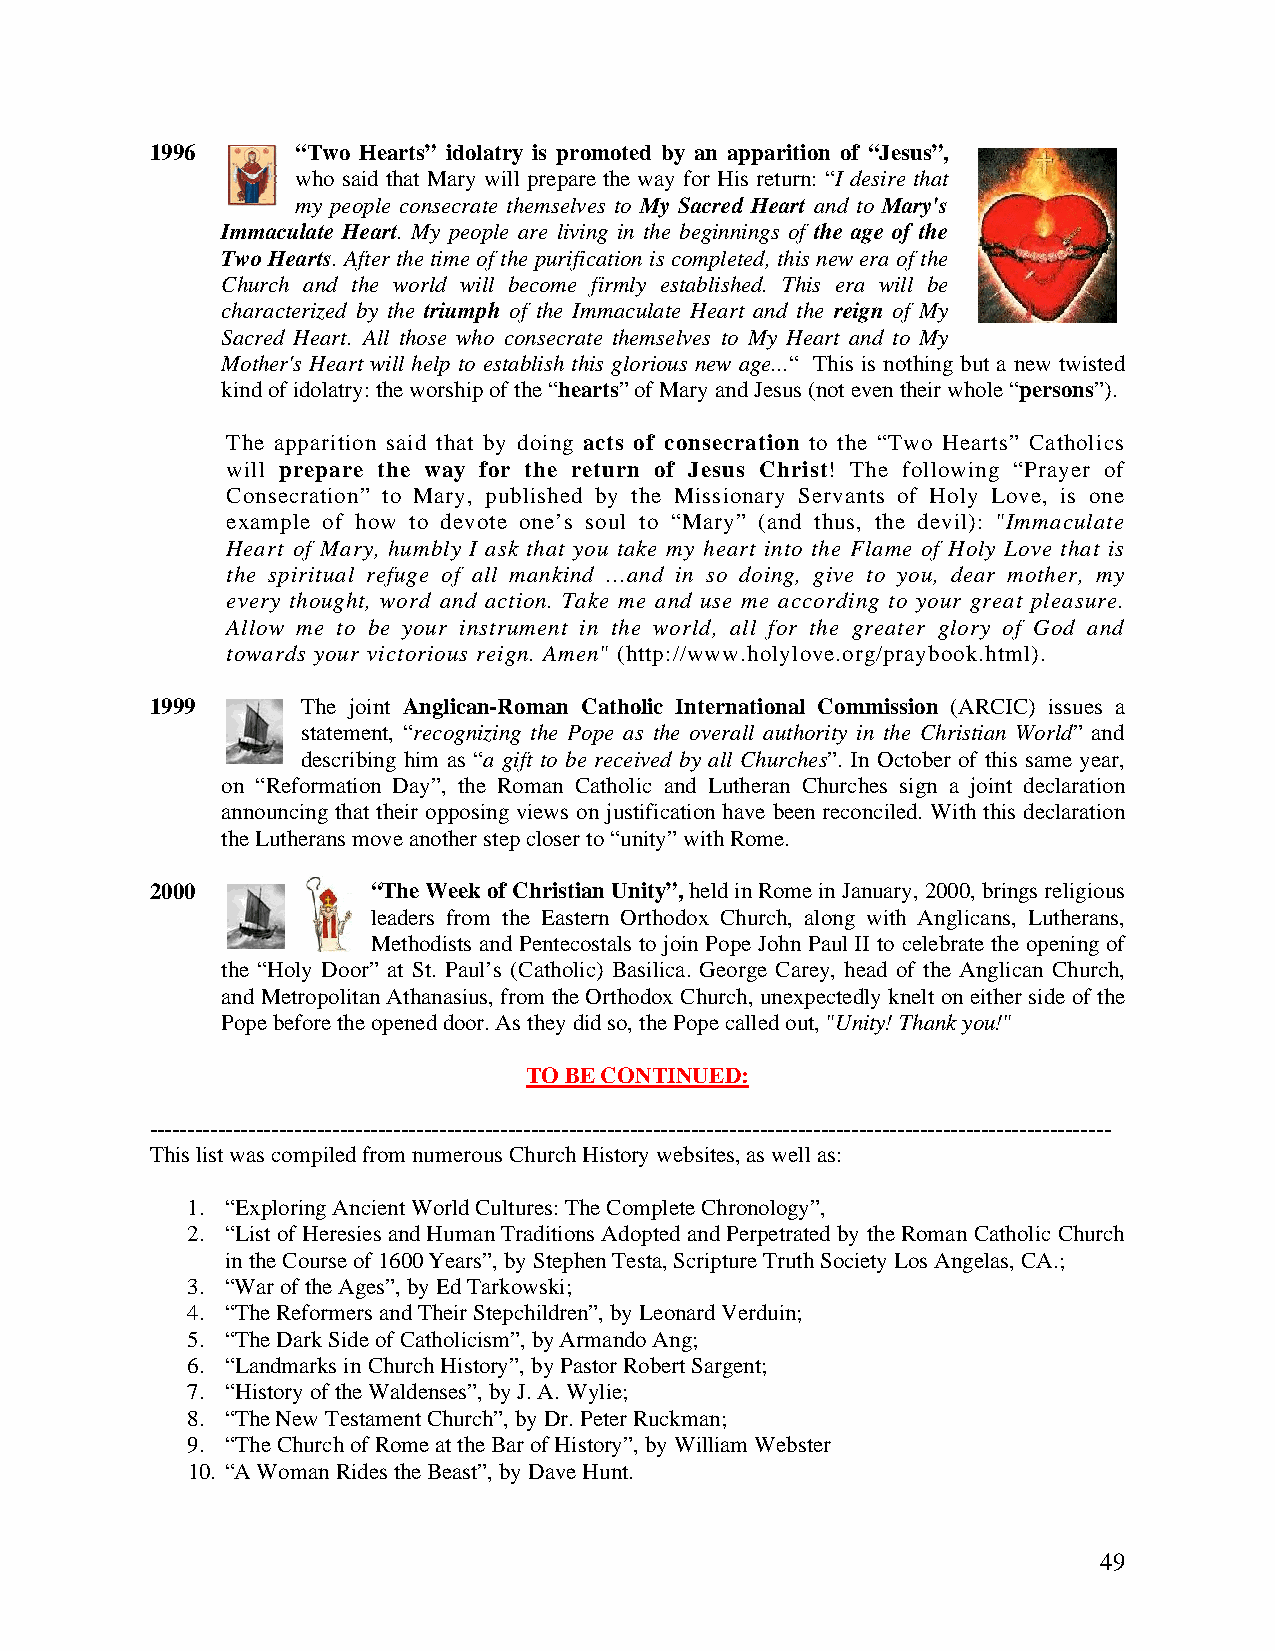
1996      “Two Hearts” idolatry is promoted by an apparition of “Jesus”,
 who said that Mary will prepare the way for His return: “I desire that
 my people consecrate themselves to My Sacred Heart and to Mary's
 Immaculate Heart. My people are living in the beginnings of the age of the
 Two Hearts. After the time of the purification is completed, this new era of the
 Church and the world will become firmly established. This era will be
 characterized by the triumph of the Immaculate Heart and the reign of My
 Sacred Heart. All those who consecrate themselves to My Heart and to My
 Mother's Heart will help to establish this glorious new age...“ This is nothing but a new twisted
 kind of idolatry: the worship of the “hearts” of Mary and Jesus (not even their whole “persons”).
 The apparition said that by doing acts of consecration to the “Two Hearts” Catholics
 will prepare the way for the return of Jesus Christ! The following “Prayer of
 Consecration” to Mary, published by the Missionary Servants of Holy Love, is one
 example of how to devote one’s soul to “Mary” (and thus, the devil): "Immaculate
 Heart of Mary, humbly I ask that you take my heart into the Flame of Holy Love that is
 the spiritual refuge of all mankind ...and in so doing, give to you, dear mother, my
 every thought, word and action. Take me and use me according to your great pleasure.
 Allow me to be your instrument in the world, all for the greater glory of God and
 towards your victorious reign. Amen" (http://www.holylove.org/praybook.html).
 1999      The joint Anglican-Roman Catholic International Commission (ARCIC) issues a
 statement, “recognizing the Pope as the overall authority in the Christian World” and
 describing him as “a gift to be received by all Churches”. In October of this same year,
 on “Reformation Day”, the Roman Catholic and Lutheran Churches sign a joint declaration
 announcing that their opposing views on justification have been reconciled. With this declaration
 the Lutherans move another step closer to “unity” with Rome.
 2000           “The Week of Christian Unity”, held in Rome in January, 2000, brings religious
 leaders from the Eastern Orthodox Church, along with Anglicans, Lutherans,
 Methodists and Pentecostals to join Pope John Paul II to celebrate the opening of
 the “Holy Door” at St. Paul’s (Catholic) Basilica. George Carey, head of the Anglican Church,
 and Metropolitan Athanasius, from the Orthodox Church, unexpectedly knelt on either side of the
 Pope before the opened door. As they did so, the Pope called out, "Unity! Thank you!"
 TO BE CONTINUED:
 ------------------------------------------------------------------------------------------------------------------------------
 This list was compiled from numerous Church History websites, as well as:
 1. “Exploring Ancient World Cultures: The Complete Chronology”,
 2. “List of Heresies and Human Traditions Adopted and Perpetrated by the Roman Catholic Church
 in the Course of 1600 Years”, by Stephen Testa, Scripture Truth Society Los Angelas, CA.;
 3. “War of the Ages”, by Ed Tarkowski;
 4. “The Reformers and Their Stepchildren”, by Leonard Verduin;
 5. “The Dark Side of Catholicism”, by Armando Ang;
 6. “Landmarks in Church History”, by Pastor Robert Sargent;
 7. “History of the Waldenses”, by J. A. Wylie;
 8. “The New Testament Church”, by Dr. Peter Ruckman;
 9. “The Church of Rome at the Bar of History”, by William Webster
 10. “A Woman Rides the Beast”, by Dave Hunt.
 49